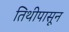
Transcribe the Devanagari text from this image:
तिथीपासून